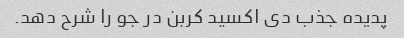
پدیده جذب دی اکسید کربن در جو را شرح دهد.